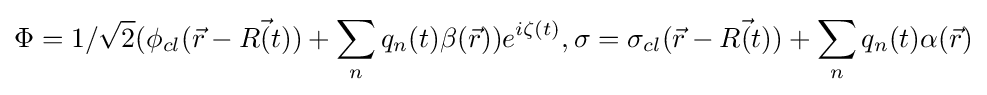
\Phi =1/{\sqrt {2}}(\phi _{cl}({\vec {r}}-{\vec {R(t)}})+\sum _{n}q_{n}(t)\beta ({\vec {r}}))e^{i\zeta (t)},\sigma =\sigma _{cl}({\vec {r}}-{\vec {R(t)}})+\sum _{n}q_{n}(t)\alpha ({\vec {r}})